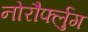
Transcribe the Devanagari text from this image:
नोरौर्फ्लुग